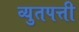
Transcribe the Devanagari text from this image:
व्युतपत्ती